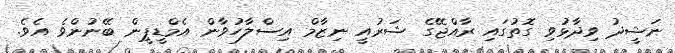
ނަޝީދު ވިދާޅުވި ގޮތުގައި ރާއްޖޭގެ ޝަރުއީ ނިޒާމް އިސްލާހުވާން އެމްޑީޕީން ބޭނުންވެ އެވެ.